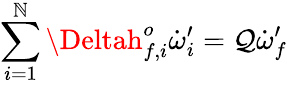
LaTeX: \sum_{i=1}^{\mathbb{N}}\Deltah_{f,i}^{o}\dot{{\omega}}_{i}^{\prime}=\mathcal{{Q}}\dot{{\omega}}_{f}^{\prime}